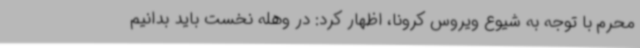
محرم با توجه به شیوع ویروس کرونا، اظهار کرد: در وهله نخست باید بدانیم